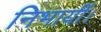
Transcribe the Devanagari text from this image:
निभायीं।